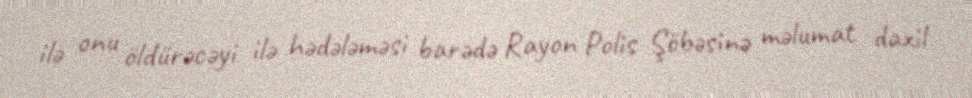
ilə onu öldürəcəyi ilə hədələməsi barədə Rayon Polis Şöbəsinə məlumat daxil